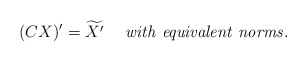
\begin{align*} (CX)^{\prime} = \widetilde{X^{\prime}} ~~~~ {\it with ~equivalent ~norms.}\end{align*}